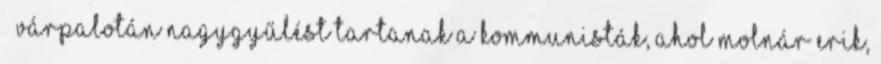
– Várpalotán nagygyűlést tartanak a kommunisták, ahol Molnár Erik,